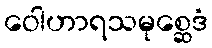
ဝေါဟာရသမုစ္ဆေဒံ